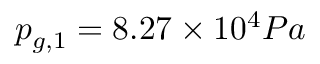
p _ { g , 1 } = 8 . 2 7 \times 1 0 ^ { 4 } P a